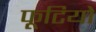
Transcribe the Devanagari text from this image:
फूटियो